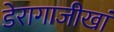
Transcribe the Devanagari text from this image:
डेरागाजीखां